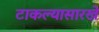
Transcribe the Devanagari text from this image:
टाकल्यासारखे